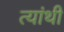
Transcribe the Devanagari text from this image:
त्यांथी